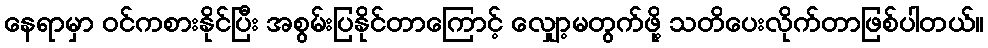
နေရာမှာ ဝင်ကစားနိုင်ပြီး အစွမ်းပြနိုင်တာကြောင့် လျှော့မတွက်ဖို့ သတိပေးလိုက်တာဖြစ်ပါတယ်။